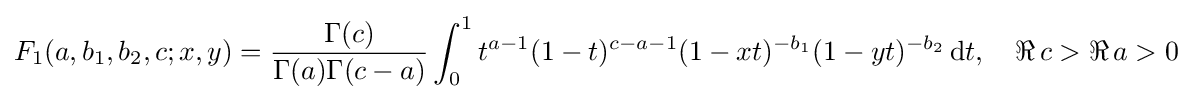
F_{1}(a,b_{1},b_{2},c;x,y)={\frac {\Gamma (c)}{\Gamma (a)\Gamma (c-a)}}\int _{0}^{1}t^{a-1}(1-t)^{c-a-1}(1-xt)^{-b_{1}}(1-yt)^{-b_{2}}\,\mathrm {d} t,\quad \Re \,c>\Re \,a>0~